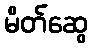
မိတ်ဆွေ